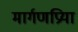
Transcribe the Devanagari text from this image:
मार्गणप्रिया